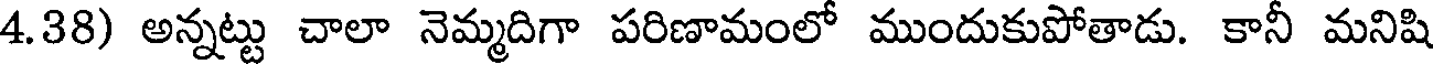
4.38) అన్నట్టు చాలా నెమ్మదిగా పరిణామంలో ముందుకుపోతాడు. కానీ మనిషి